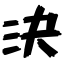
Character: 決